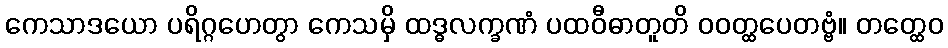
ကေသာဒယော ပရိဂ္ဂဟေတွာ ကေသမှိ ထဒ္ဓလက္ခဏံ ပထဝီဓာတူတိ ဝဝတ္ထပေတဗ္ဗံ။ တတ္ထေဝ